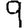
Digit: 9